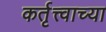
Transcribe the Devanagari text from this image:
कर्तृत्त्वाच्या